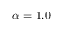
\alpha = 1 . 0